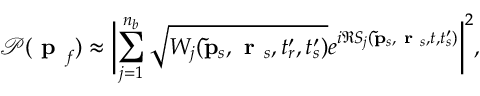
\mathcal { P } ( \textbf { p } _ { f } ) \approx \biggl | \displaystyle \sum _ { j = 1 } ^ { n _ { b } } \sqrt { W _ { j } ( \mathbf { \tilde { p } } _ { s } , \textbf { r } _ { s } , t _ { r } ^ { \prime } , t _ { s } ^ { \prime } ) } e ^ { i \Re S _ { j } ( \mathbf { \tilde { p } } _ { s } , \textbf { r } _ { s } , t , t _ { s } ^ { \prime } ) } \biggr | ^ { 2 } ,